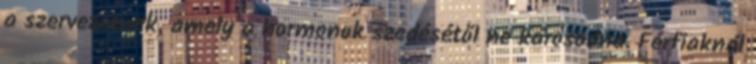
a szervezetnek, amely a hormonok szedésétől ne károsodna. Férfiaknál